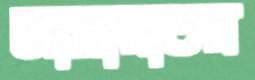
জামায়াতর